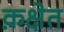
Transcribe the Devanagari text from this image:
क़क्षेत